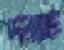
দন্ত্য